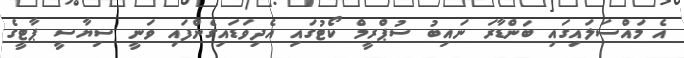
އެ މައްސަލައިގައި ބަންޑާރަ ނައިބު ސުޕްރީމް ކޯޓުގައި އެދިވަޑައިގެންފައި ވަނީ ސިޔާސީ ޕާޓީގެ